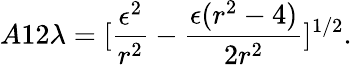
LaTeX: A12\lambda=[\frac{\epsilon^{2}}{r^{2}}-\frac{\epsilon(r^{2}-4)}{2r^{2}}]^{1/2}.